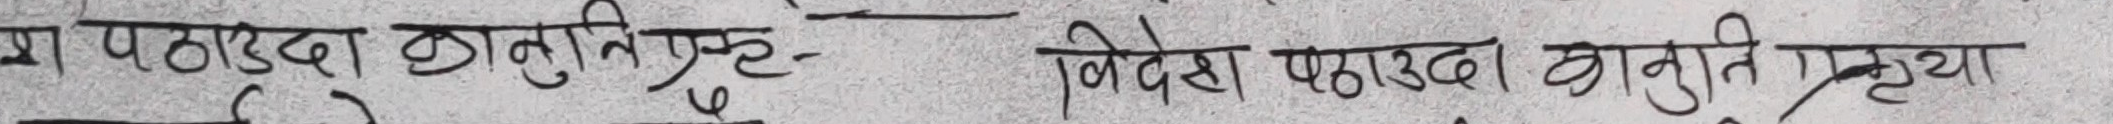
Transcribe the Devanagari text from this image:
पठाउदा छानबिनगृह निर्देश पठाउदा कानूनी प्रकृतिया